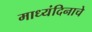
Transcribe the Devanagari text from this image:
माध्यंदिनाचे